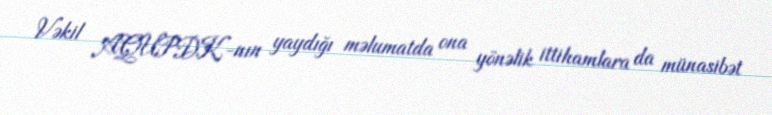
Vəkil AQUPDK-nın yaydığı məlumatda ona yönəlik ittihamlara da münasibət